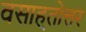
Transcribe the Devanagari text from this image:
वसाह्तोत्तर